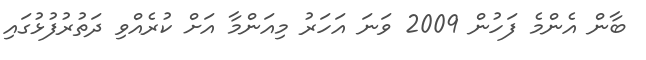
ބާން އެންމެ ފަހުން 2009 ވަނަ އަހަރު މިއަންމާ އަށް ކުރެއްވި ދަތުރުފުޅުގައި